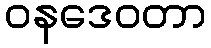
ဝနဒေဝတာ